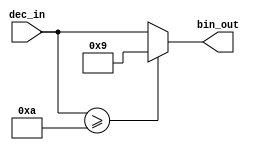
`timescale 1ns / 1ps
//////////////////////////////////////////////////////////////////////////////////
// Company: 
// Engineer: 
// 
// Design Name: 
// Module Name: decimal_decoder
// Project Name: 
// Target Devices: 
// Tool Versions: 
// Description: 
// 
// Dependencies: 
// 
// Revision:
// Revision 0.01 - File Created
// Additional Comments:
// 
//////////////////////////////////////////////////////////////////////////////////


//BCD-
//,BCD,0-9
module decimal_decoder(
input [3:0]dec_in,
output reg [3:0]bin_out
    );
    always@(*) begin
        if(dec_in>=4'd10)
            bin_out = 4'd9;
        else 
            bin_out = dec_in;
    end
endmodule